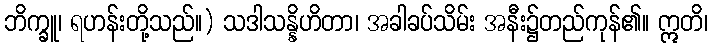
ဘိက္ခူ၊ ရဟန်းတို့သည်။) သဒါသန္နိဟိတာ၊ အခါခပ်သိမ်း အနီး၌တည်ကုန်၏။ ဣတိ၊